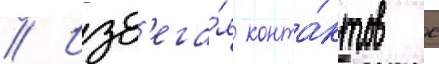
// Изб'ега́я конта́ктов с